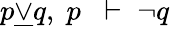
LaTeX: p{\underline{{\lor}}}q,\; p\; \; \vdash\; \neg q